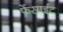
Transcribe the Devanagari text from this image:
फेंसाईट